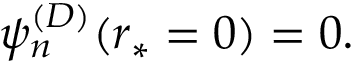
\begin{array} { r } { \psi _ { n } ^ { ( D ) } ( r _ { * } = 0 ) = 0 . } \end{array}